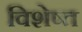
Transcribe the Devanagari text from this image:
विशेष्त